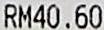
RM40.60